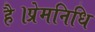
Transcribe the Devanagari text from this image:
है।प्रेमनिधि